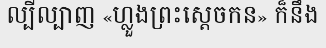
ល្បីល្បាញ «ហ្លួងព្រះស្តេចកន» ក៏នឹង